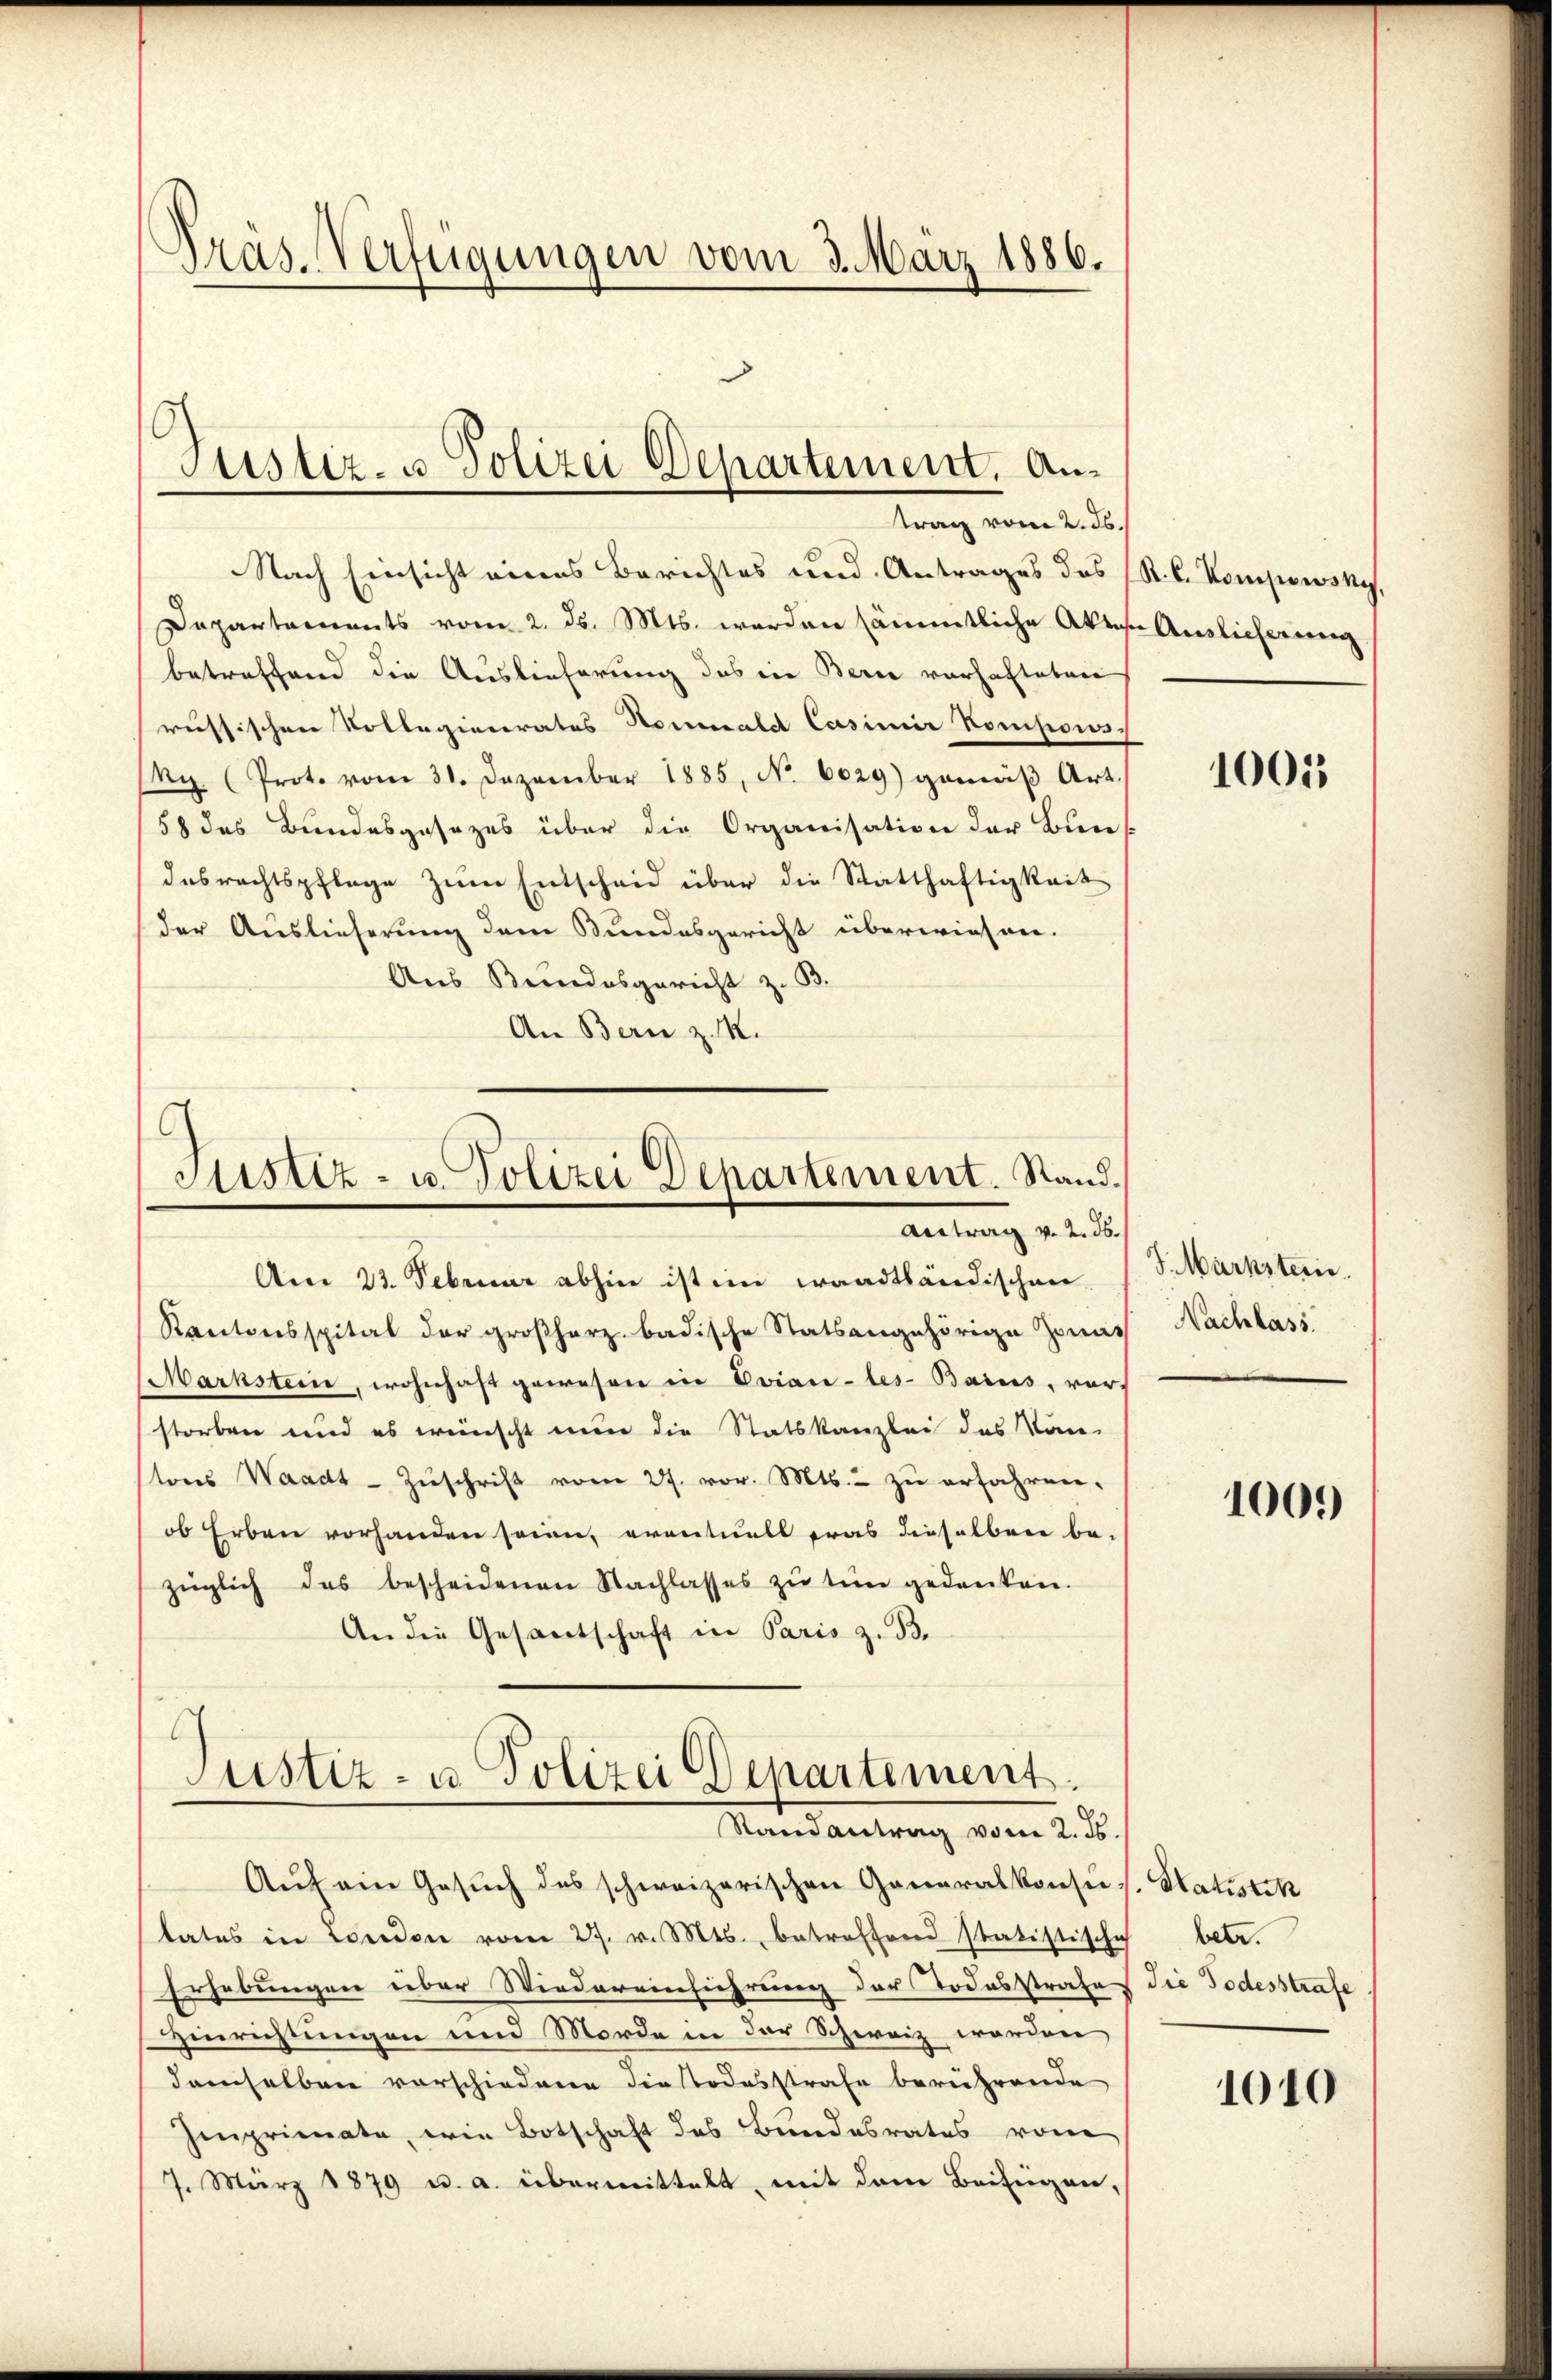
Pras-Verfügungen vom 3. März 1886.

Justiz- u. Polizei Departement. Antrag vom 2. ds.

Nach Einsicht eines Berichtes und Antrages des (R. C. Kompewsky,
Departaments vom 2. ds. Mts. werden sämmtliche Akten Auslieferung
betreffend die Auslieferung des in Berne vorhafteten
russischen Vollegienerates Heimald Casimir Komisions
Rg. (Prot. vom 31. Dezember 1885, No. 6029) gemäβ Art.
58 des Bundesgesezes über die Organisation der Buns
desrechtspflege zum Entscheid über die Statthaftigkeit
der Auslieferung dem Bundesgericht überwiesen.
Aus Bundesgericht z. B.
An Bern z. K.

Sistiz- u. Polizei Departement. Stand.
Antrag v. 2. ds.

Am 23. Februar abhin ist im waadtländischen
Kantonsspital der großherz badische Statsangehörige Zins
Markstein, wohnhaft gewesen in Evian-les-Barces, vor-
storben und es wünscht nun die Statskanzlei des Kan-
tons Waadt Zŭschrift vom 27. vor. Mts. zŭ erfahren.
ob Erben vorhanden seien, eventuell was dieselben be-
züglich das bescheidenen Nachlasses zŭ tin gedanken.
An die Gesantschaft in Paris z. B.

s
Justiz- u. Polizei Departement.
Randantrag vom 2. ds.

Aŭf ein Gesŭch des schweizerischen Generalkonsis. Satistik
tates in London vom 27. v. Mts., betreffend statistische
Erhebungen über Wiedereinfiehrung der Todesstrafe die Todesstrafe
Hinrichtungen und Morde in der Schweiz worden
demselben vorschiedene die Todesstrafe berührende
Imprimate, wie Botschaft des Bundesrates von
7. März 1879 u. a. übermittelt, mit dem Beifügen,

1005

S. Markstern.
Nachlass

1009

betr.

1040